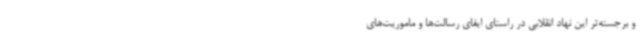
و برجسته‌تر این نهاد انقلابی در راستای ایفای رسالت‌ها و ماموریت‌های